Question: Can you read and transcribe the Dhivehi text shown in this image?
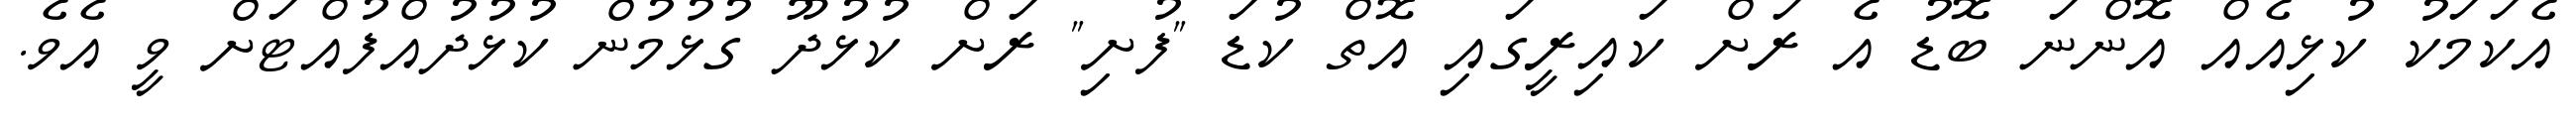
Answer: އެކަމަކު ކުޅިއެއް އޮންނަ ބޮޑު އެ ރަށް ކައިރީގައި އޮތް ކުޑަ "ފުށި" ރަށް ކުޅުދޫ ގުޅުމުން ކުޅުދުއްފުއްޓަށް ވީ އެވެ.